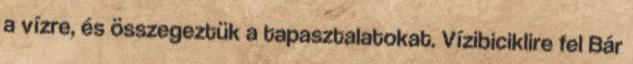
a vízre, és összegeztük a tapasztalatokat. Vízibiciklire fel Bár